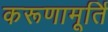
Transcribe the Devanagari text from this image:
करूणामूर्ति